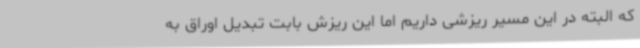
که البته در این مسیر ریزشی داریم اما این ریزش بابت تبدیل اوراق به